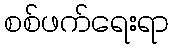
စစ်ဖက်ရေးရာ